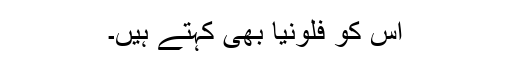
اِس کو فلونیا بھی کہتے ہیں۔